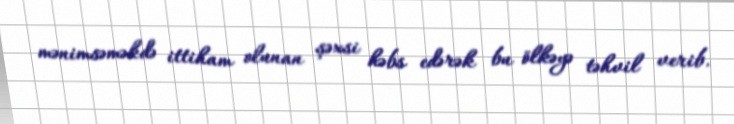
mənimsəməkdə ittiham olunan şəxsi həbs edərək bu ölkəyə təhvil verib.